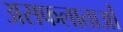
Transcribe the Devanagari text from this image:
असफलाताओं